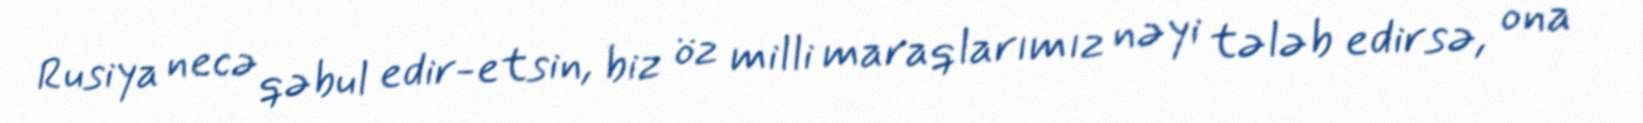
Rusiya necə qəbul edir-etsin, biz öz milli maraqlarımız nəyi tələb edirsə, ona